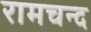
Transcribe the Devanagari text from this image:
रामचन्द